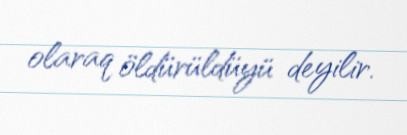
olaraq öldürüldüyü deyilir.